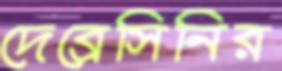
দেব্রেসিনির